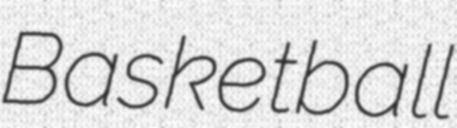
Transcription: Basketball